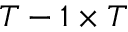
T - 1 \times T